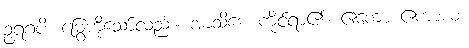
ဥရဂံပိ၊ မြွေကိုသော်လည်း။ အာသိဒေ၊ ကိုင်ရာ၏။ ဧကော ဧကာယ၊